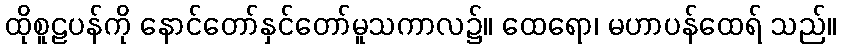
ထိုစူဠပန်ကို နောင်တော်နှင်တော်မူသကာလ၌။ ထေရော၊ မဟာပန်ထေရ် သည်။